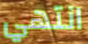
انتهي